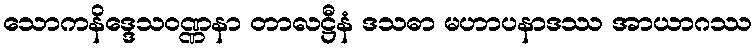
သောကနိဒ္ဒေသဝဏ္ဏနာ တာလဋ္ဌီနံ ဒသဓာ မဟာပနာဒဿ အာယာဂဿ